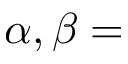
\alpha , \beta =